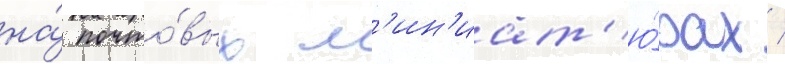
на́ почто́вых м'ин'иат'ю́рах /